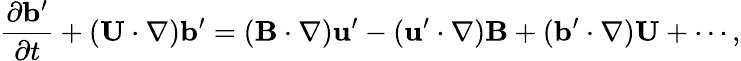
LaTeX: \frac{\partial{\mathbf{b}}^{\prime}}{\partial t}+({\mathbf{U}}\cdot\nabla){\mathbf{b}}^{\prime}=({\mathbf{B}}\cdot\nabla){\mathbf{u}}^{\prime}-({\mathbf{u}}^{\prime}\cdot\nabla){\mathbf{B}}+({\mathbf{b}}^{\prime}\cdot\nabla){\mathbf{U}}+\cdots,